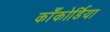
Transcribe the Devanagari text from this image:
काँकोर्डिया